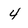
Character: 4